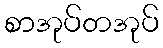
စာအုပ်တအုပ်